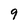
Character: 9